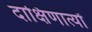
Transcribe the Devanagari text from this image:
दाक्षिणात्यों